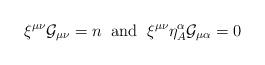
LaTeX: \begin{align*}\xi^{\mu\nu}{\cal G}_{\mu\nu}= n\;\; \mbox{and}\;\; \xi^{\mu\nu}\eta^{\alpha}_{A}{\cal G}_{\mu\alpha} =0\end{align*}